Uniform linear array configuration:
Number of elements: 16
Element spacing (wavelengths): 0.5
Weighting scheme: hann
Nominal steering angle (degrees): -30
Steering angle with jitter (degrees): -31.26
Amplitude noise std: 0.05
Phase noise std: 0.05

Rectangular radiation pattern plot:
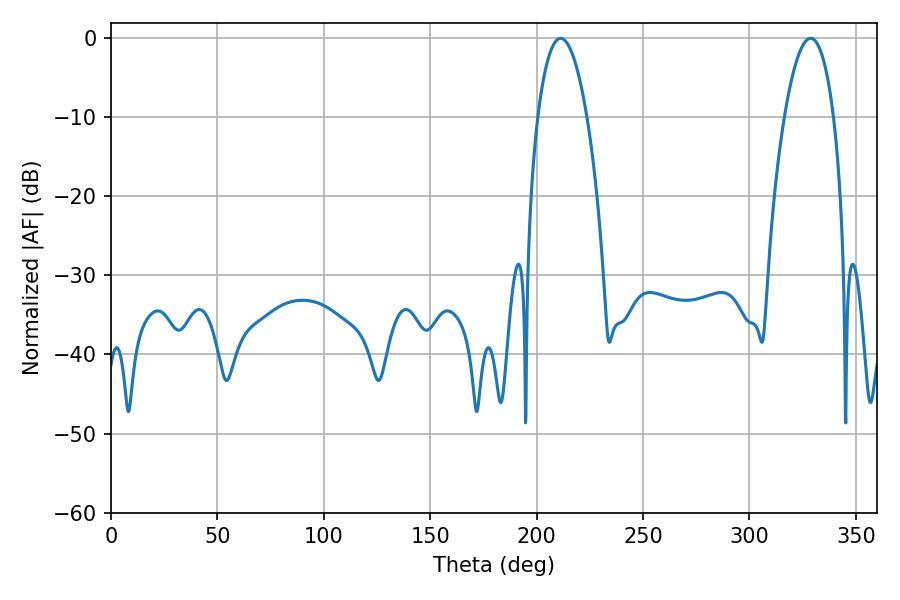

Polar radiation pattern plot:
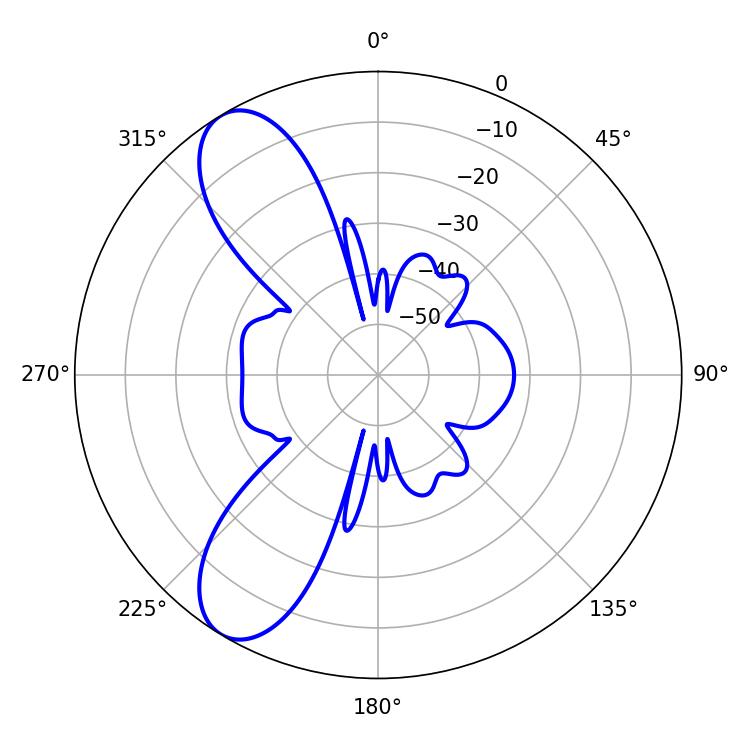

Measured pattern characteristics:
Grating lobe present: FALSE
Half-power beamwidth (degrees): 12.96
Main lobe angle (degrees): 211.32